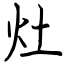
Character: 灶